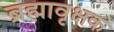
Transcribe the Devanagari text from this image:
ब्रह्मावृक्षक